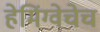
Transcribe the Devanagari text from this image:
हेमिंग्वेचेच